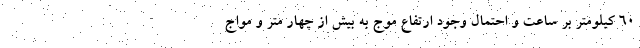
۶۰ کیلومتر بر ساعت و احتمال وجود ارتفاع موج به بیش از چهار متر و مواج